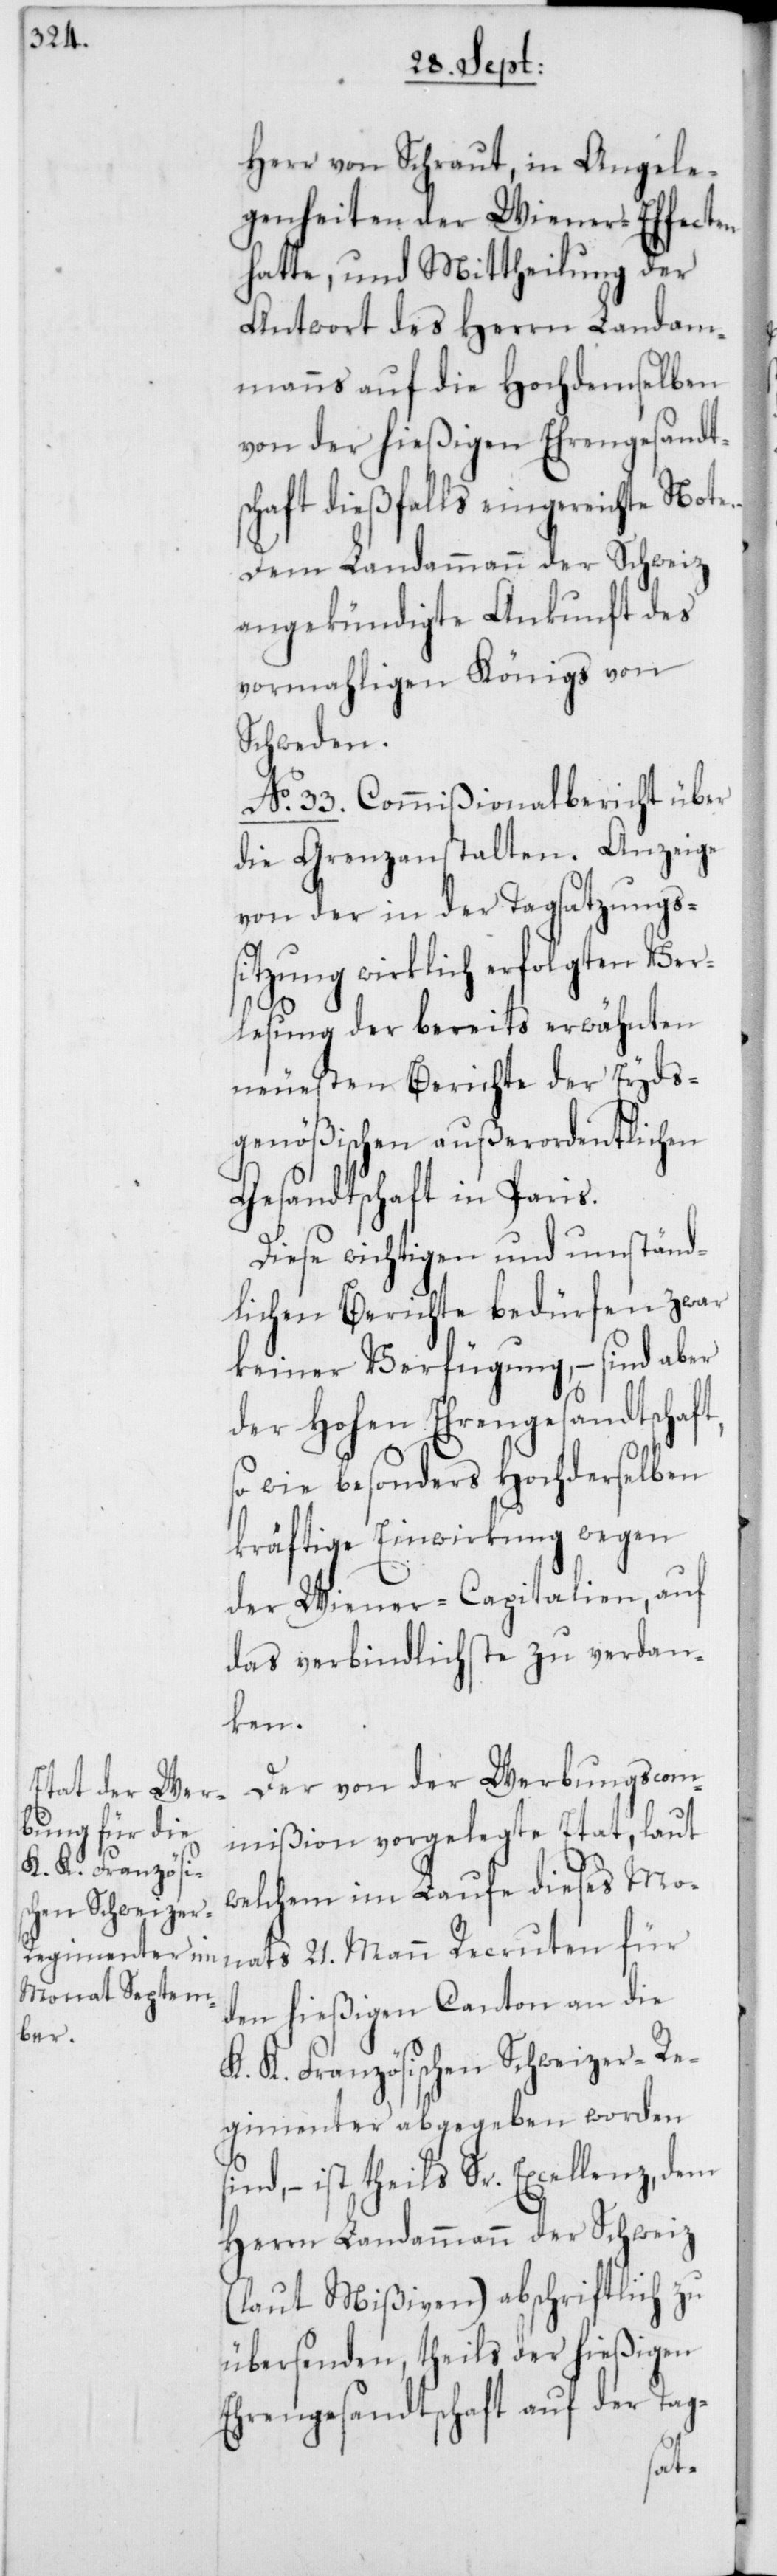
Herr von Schraut, in Angele¬
genheiten der Wiener-Effecten
hatte, und Mittheilung der
Antwort des Herrn Landam¬
manns auf die Hochdemselben
von der hießigen Ehrengesandts¬
chaft dießfalls eingereichte Note.
Dem Landammann der Schweiz
angekündigte Ankunft des
vormahligen Königs von
Schweden.
No. 33. Commißionalbericht über
die Grenzanstalten. Anzeige
von der in der Tagsatzungs¬
sitzung wirklich erfolgten Ver¬
lesung der bereits erwähnten
neuesten Berichte der Eyds¬
genößischen außerordentlichen
Gesandtschaft in Paris.
Diese wichtigen und umständ¬
lichen Berichte bedürfen zwar
keiner Verfügung, – sind aber
der Hohen Ehrengesandtschaft,
so wie besonders Hochderselben
kräftige Einwirkung wegen
der Wiener-Capitalien, auf
das verbindlichste zu verdan¬
ken.
Der von der Werbungscom¬
mißion vorgelegte Etat, laut
welchem im Laufe dieses Mo¬
nats 21. Mann Recruten für
den hießigen Canton an die
K. K. Französischen Schweizer-Re¬
gimenter abgegeben worden
nd, – ist theils Sr. Excellenz, dem
Herrn Landammann der Schweiz
(laut Mißiven) abschriftlich zu
übersenden, theils der hießigen
Ehrengesandtschaft auf der Tag-
si¬